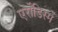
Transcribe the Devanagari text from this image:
एर्रोंडिस्में